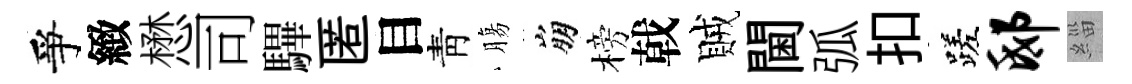
爭緻懋司驆匿目靑膓崩榜戟賊閫弧扣蹉邸緇